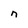
Character: n